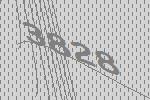
3828